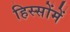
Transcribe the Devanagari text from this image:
हिस्सोंमें